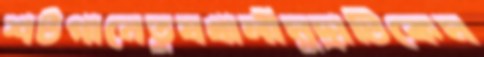
শটগানেতুষখালীমুদ্রাটিকেম